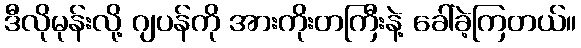
ဒီလိုမုန်းလို့ ဂျပန်ကို အားကိုးတကြီးနဲ့ ခေါ်ခဲ့ကြတယ်။